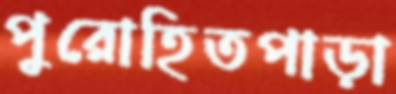
পুরোহিতপাড়া